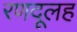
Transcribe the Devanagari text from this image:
रणदूलह